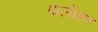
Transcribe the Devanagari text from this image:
पार्लेकर